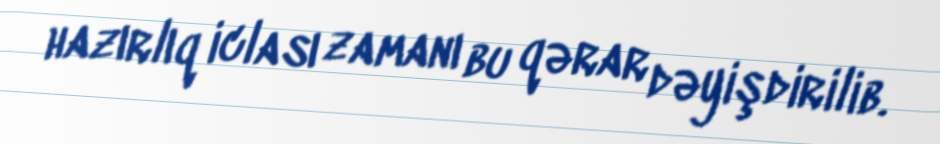
hazırlıq iclası zamanı bu qərar dəyişdirilib.